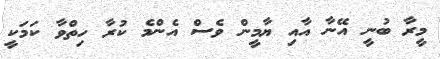
މީރާ ބުނީ އޭނާ އާއި ޔާމީން ވެސް އެންމެ ކުރާ ހިތްވާ ކަމަކީ